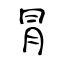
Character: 冐